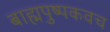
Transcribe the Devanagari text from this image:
बाह्मपुष्पकवच